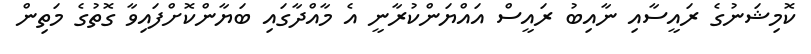
ކޮމިޝަނުގެ ރައީސާއި ނާއިބު ރައީސް އައްޔަންކުރާނީ އެ މާއްދާގައި ބަޔާންކޮށްފައިވާ ގޮތުގެ މަތިން